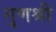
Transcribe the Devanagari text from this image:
गुणश्री